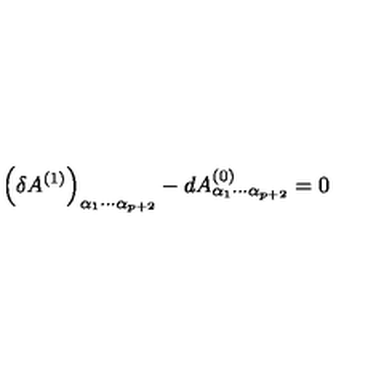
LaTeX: \left( \delta A ^ { ( 1 ) } \right) _ { \alpha _ { 1 } \cdots \alpha _ { p + 2 } } - d A _ { \alpha _ { 1 } \cdots \alpha _ { p + 2 } } ^ { ( 0 ) } = 0